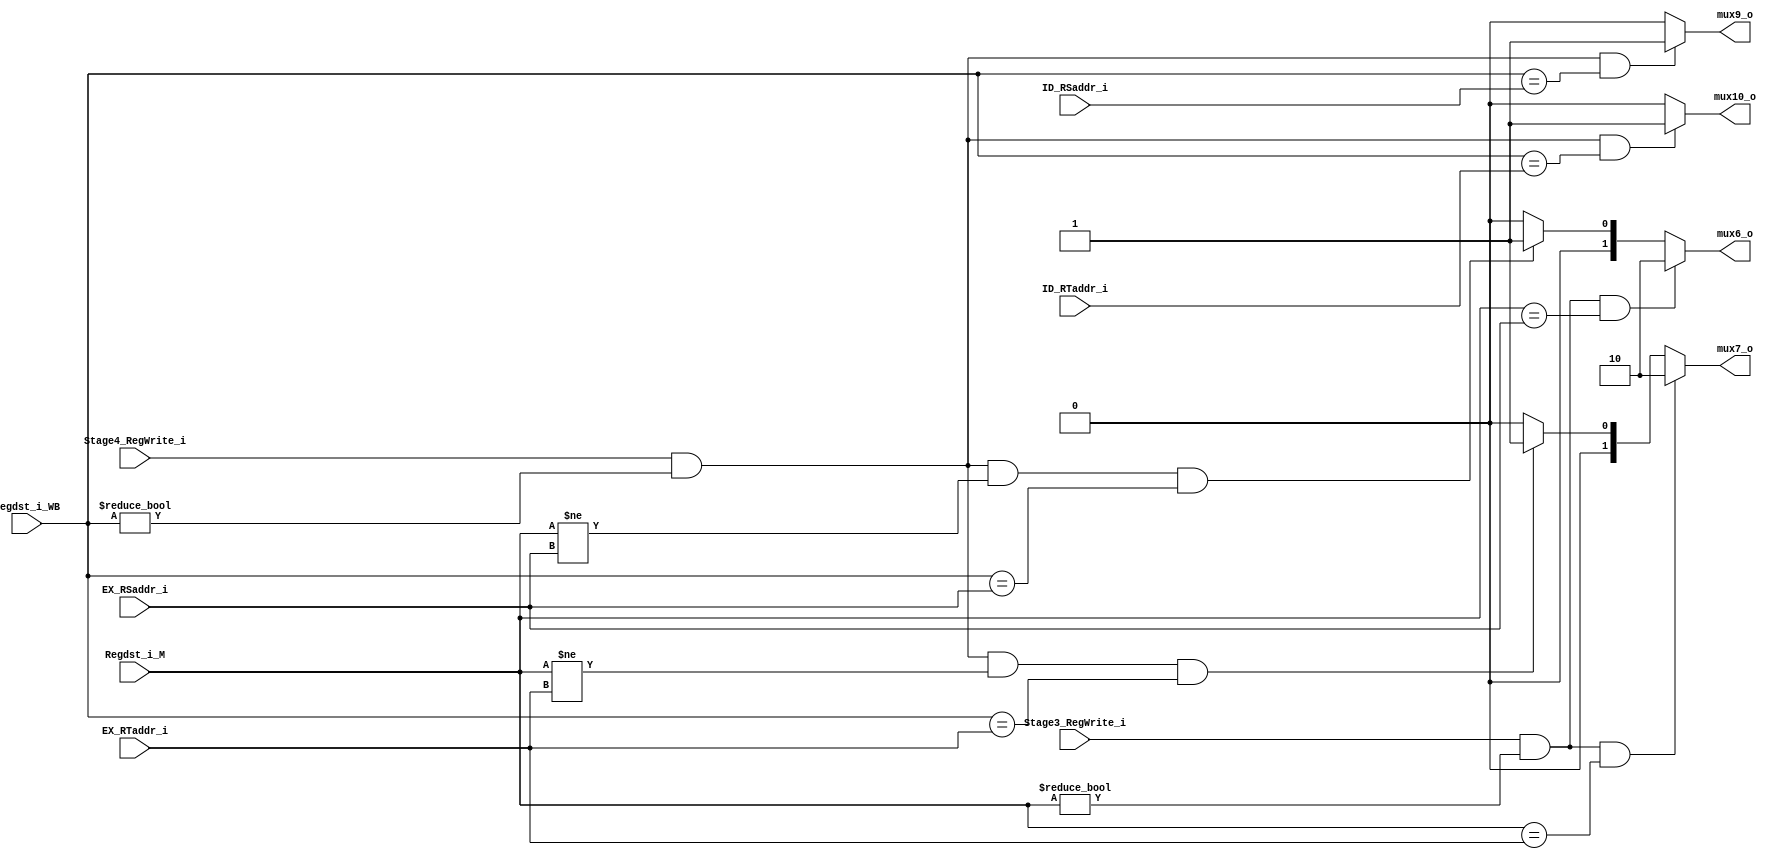
module Forwarding_Unit
(
    Regdst_i_WB,
    Regdst_i_M,
    EX_RSaddr_i,
    EX_RTaddr_i,
    ID_RSaddr_i,
    ID_RTaddr_i,
    Stage4_RegWrite_i,
    Stage3_RegWrite_i,
    mux7_o,
    mux6_o,
    mux9_o,
    mux10_o
);

input        Stage4_RegWrite_i, Stage3_RegWrite_i;
input  [4:0] EX_RSaddr_i, EX_RTaddr_i, ID_RSaddr_i, ID_RTaddr_i, Regdst_i_WB, Regdst_i_M;
output [1:0] mux7_o, mux6_o;
output       mux9_o, mux10_o;

//RS
assign mux6_o = ((Stage3_RegWrite_i == 1) && (Regdst_i_M != 0) && (Regdst_i_M == EX_RSaddr_i))? 2'b10://EX-hazard
                ((Stage4_RegWrite_i == 1) && (Regdst_i_WB != 0) && (Regdst_i_M != EX_RSaddr_i) && (Regdst_i_WB == EX_RSaddr_i))? 2'b01:
                2'b00;
//RT
assign mux7_o = ((Stage3_RegWrite_i == 1) && (Regdst_i_M != 0) && (Regdst_i_M == EX_RTaddr_i))? 2'b10://EX-hazard
                ((Stage4_RegWrite_i == 1) && (Regdst_i_WB != 0) && (Regdst_i_M != EX_RTaddr_i) && (Regdst_i_WB == EX_RTaddr_i))? 2'b01:2'b00;               
  
assign mux9_o = ((Stage4_RegWrite_i == 1) && (Regdst_i_WB != 0)  && (Regdst_i_WB == ID_RSaddr_i))? 1 : 0;
assign mux10_o = ((Stage4_RegWrite_i == 1) && (Regdst_i_WB != 0)  && (Regdst_i_WB == ID_RTaddr_i))? 1 : 0;

                
endmodule